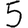
Digit: 5